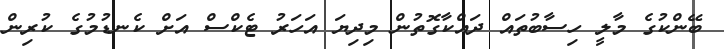
ބޭންކުގެ މާލީ ހިސާބުތައް ދައްކާގޮތުން މިދިޔަ އަހަރު ޓެކްސް އަށް ކެނޑުމުގެ ކުރިން